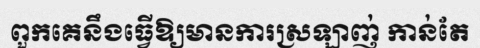
ពួកគេនឹងធ្វើឱ្យមានការស្រឡាញ់ កាន់តែ